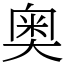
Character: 奥